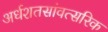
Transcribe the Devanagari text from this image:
अर्धशतसांवत्सरिक